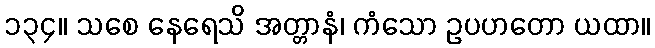
၁၃၄။ သစေ နေရေသိ အတ္တာနံ၊ ကံသော ဥပဟတော ယထာ။